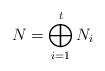
LaTeX: \begin{align*}N=\bigoplus_{i=1}^t N_i\end{align*}